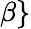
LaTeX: \beta\}